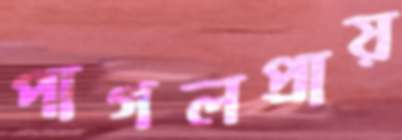
পাগলপ্রায়